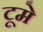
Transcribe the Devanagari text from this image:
टूमे